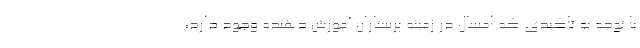
با توجه به تاکیدی که امسال در زمینه پرستاران آموزش دهنده وجود دارد،